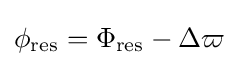
\phi _{\rm {res}}=\Phi _{\rm {res}}-\Delta \varpi